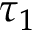
\tau _ { 1 }